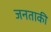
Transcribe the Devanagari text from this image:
जनताकी